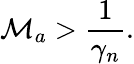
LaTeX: \mathcal{M}_{a}>\frac{1}{\gamma_{n}}.